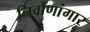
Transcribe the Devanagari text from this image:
निर्वाणांगार